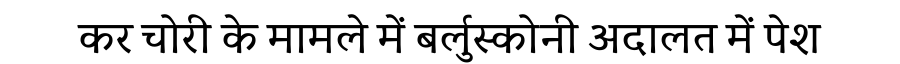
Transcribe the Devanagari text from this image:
कर चोरी के मामले में बर्लुस्कोनी अदालत में पेश